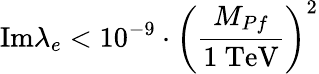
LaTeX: \mathrm{Im}\lambda_{e}<10^{-9}\cdot\left({\frac{M_{Pf}}{1~\mathrm{TeV}}}\right)^{2}